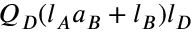
Q _ { D } ( l _ { A } a _ { B } + l _ { B } ) l _ { D }